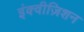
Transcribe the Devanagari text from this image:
इंक्वीज़िशन